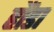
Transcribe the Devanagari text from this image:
हौंडा